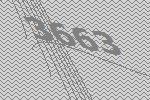
3663